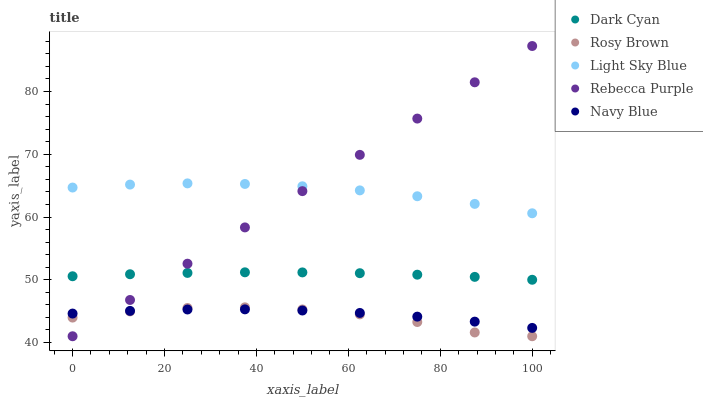
| xaxis_label | Dark Cyan | Rosy Brown | Light Sky Blue | Rebecca Purple | Navy Blue |
 | --- | --- | --- | --- | --- | --- |
 | 0 | 50.6 | 44 | 64.7 | 41 | 44.6 |
 | 12.5 | 50.9 | 45 | 65.2 | 46.8 | 45 |
 | 25 | 51.1 | 45.5 | 65.4 | 52.6 | 45.3 |
 | 37.5 | 51.2 | 45.6 | 65.3 | 58.3 | 45.3 |
 | 50 | 51.2 | 45.3 | 64.9 | 64.1 | 45.1 |
 | 62.5 | 51 | 44.5 | 64.2 | 69.9 | 44.7 |
 | 75 | 50.8 | 43.3 | 63.3 | 75.7 | 44.1 |
 | 87.5 | 50.5 | 41.6 | 62.1 | 81.5 | 43.3 |
 | 100 | 50 | 41 | 60.6 | 87.2 | 42.3 |